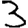
Digit: 3